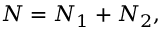
N = N _ { 1 } + N _ { 2 } ,